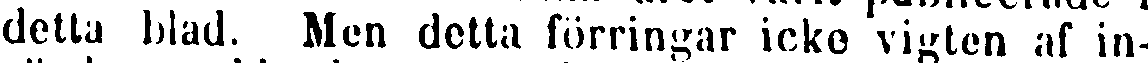
detta blad. Men detta förringar icke vigten af in-